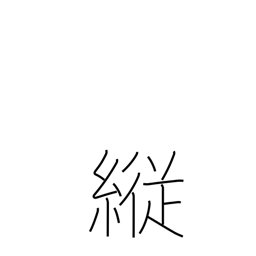
Meaning: self-indulgent